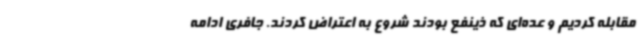
مقابله کردیم و عده‌ای که ذینفع بودند شروع به اعتراض کردند. جافری ادامه